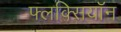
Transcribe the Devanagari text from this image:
फ्लक्सियॉन